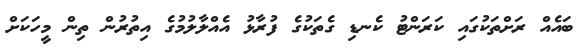
ބައެއް ރަށްތަކުގައި ކަރަންޓު ކެނޑި ގެތަކުގެ ފުރާޅު އެއްލާލުމުގެ އިތުރުން ތިން މީހަކަށް